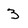
Character: 3